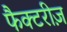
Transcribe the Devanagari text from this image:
फैक्टरीज़